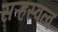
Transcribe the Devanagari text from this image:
सऱ्हस्वत्व